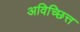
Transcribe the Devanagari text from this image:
अविच्छित्त